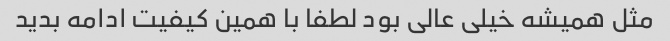
مثل همیشه خیلی عالی بود لطفا با همین کیفیت ادامه بدید